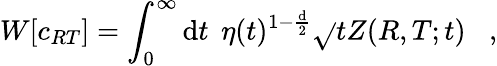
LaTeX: W[c_{RT}]=\int_{0}^{\infty}\mathrm{d}t\; \, \eta(t)^{1-{\frac{{\mathrm{d}}}{{2}}}}\sqrt{}{{t}}Z(R,T;t)\; \; \; ,